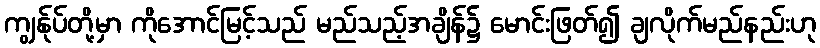
ကျွန်ုပ်တို့မှာ ကိုအောင်မြင့်သည် မည်သည့်အချိန်၌ မောင်းဖြတ်၍ ချလိုက်မည်နည်းဟု